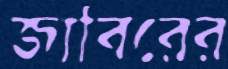
জাবিরের